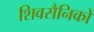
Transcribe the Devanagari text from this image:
शिवसैनिकों